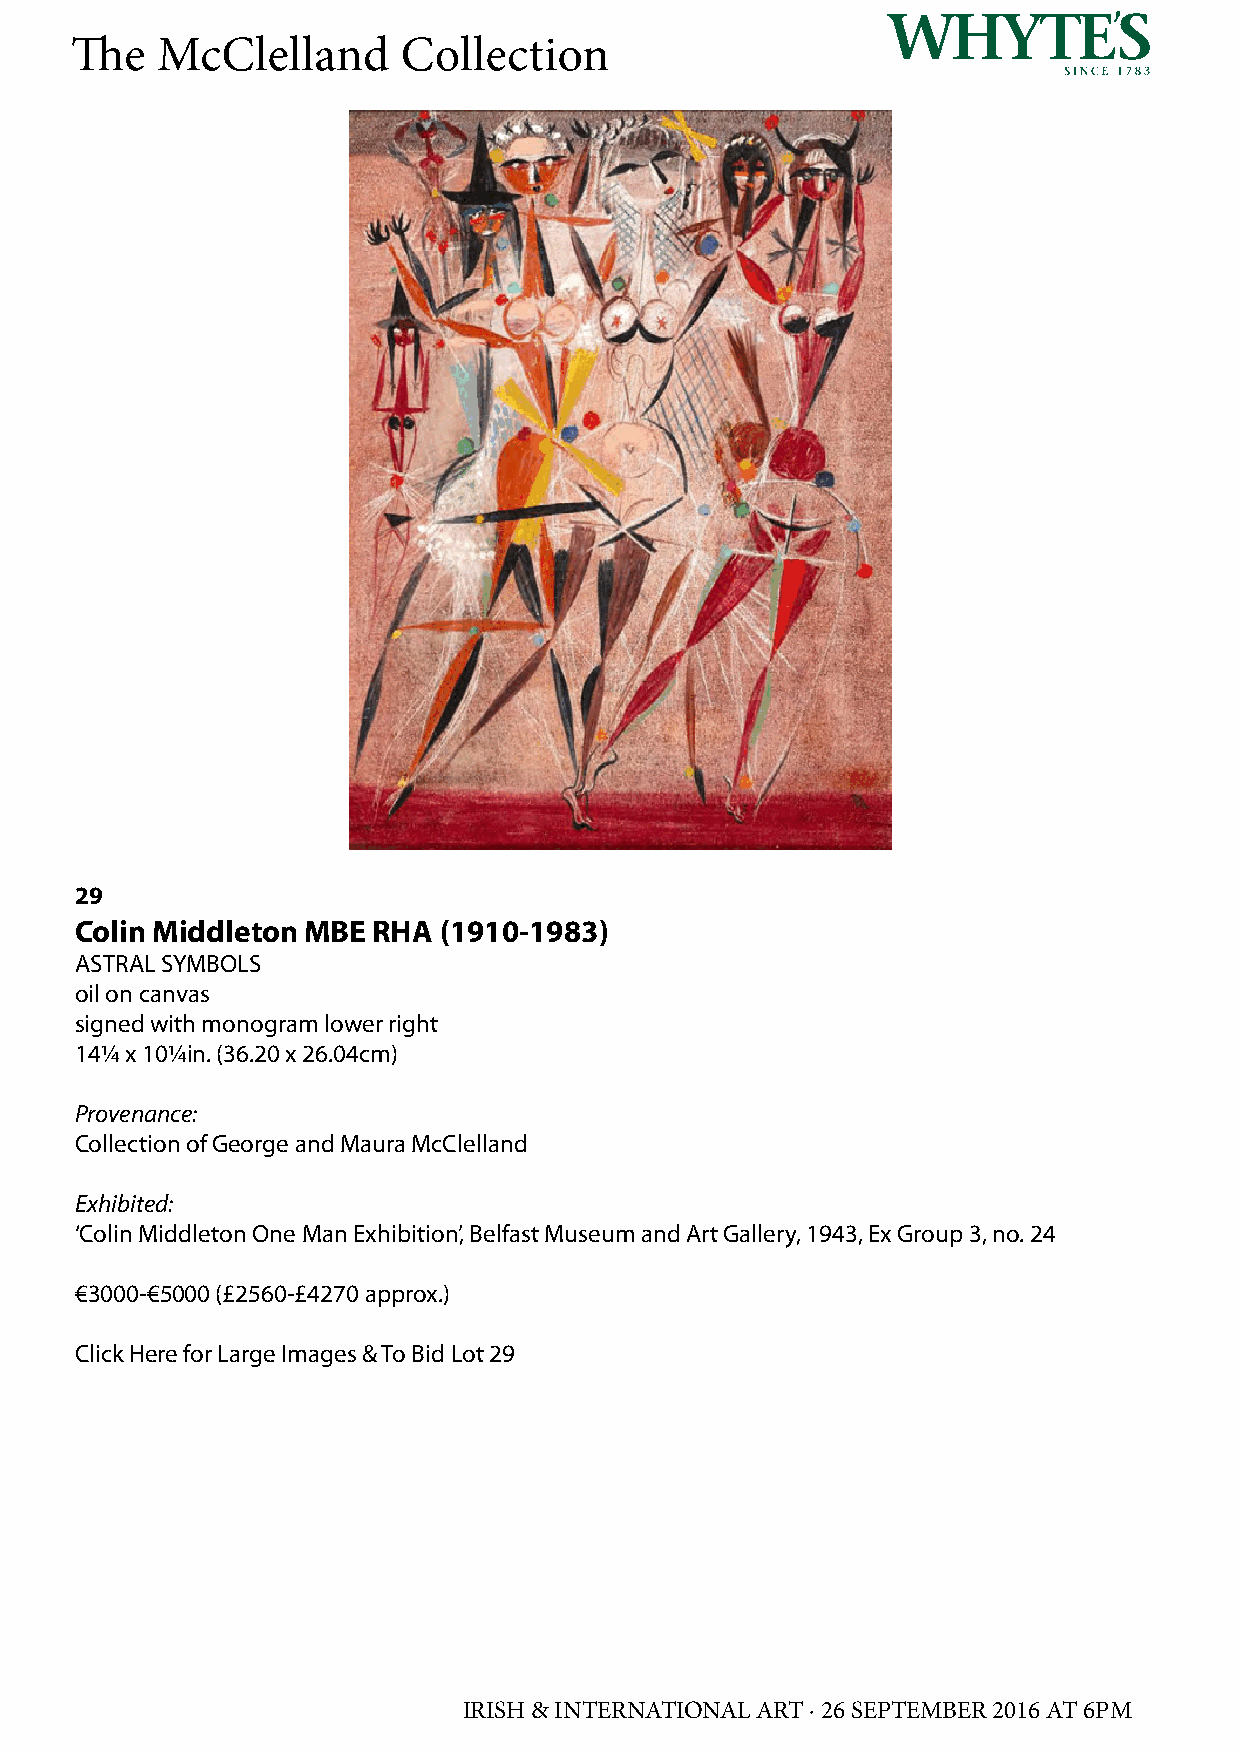
The  McClelland       Collection
 29
 Colin Middleton MBE RHA (1910-1983)
 ASTRAL SYMBOLS
 oil on canvas
 signed with monogram lower right
 14¼ x 10¼in. (36.20 x 26.04cm)
 Provenance:
 Collection of George and Maura McClelland
 Exhibited:
 ‘Colin Middleton One Man Exhibition’, Belfast Museum and Art Gallery, 1943, Ex Group 3, no. 24
 €3000-€5000 (£2560-£4270 approx.)
 Click Here for Large Images & To Bid Lot 29
 IRISH & INTERNATIONAL ART · 26 SEPTEMBER 2016 AT 6PM